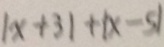
\vert x + 3 \vert + \vert x - 5 \vert